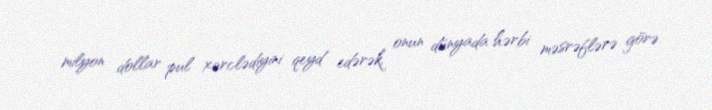
milyon dollar pul xərclədiyini qeyd edərək, onun dünyada hərbi məsrəflərə görə